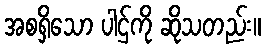
အစရှိသော ပါဌ်ကို ဆိုသတည်း။